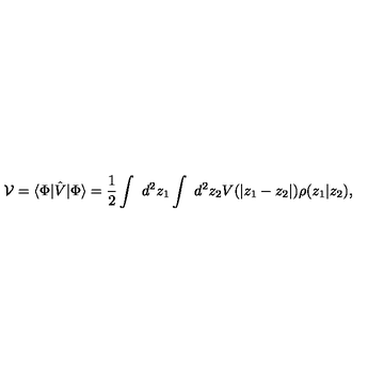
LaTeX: { \cal V } = \langle \Phi | \hat { V } | \Phi \rangle = \frac { 1 } { 2 } \int { \ d ^ { 2 } z _ { 1 } } \int { \ d ^ { 2 } z _ { 2 } } V ( | z _ { 1 } - z _ { 2 } | ) \rho ( z _ { 1 } | z _ { 2 } ) ,